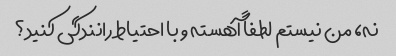
نه، من نیستم لطفاً آهسته و با احتیاط رانندگی کنید؟